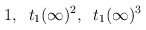
\begin{align*}1,\;\; t_1(\infty)^2,\;\;t_1(\infty)^3\end{align*}